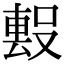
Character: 𭮻